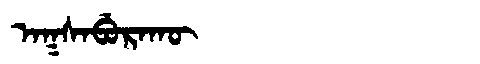
Manchu: ᠠᡴᠰᠠᠪᡠᡵᠠᡴᡡ
Romanization: AKSABURAKŪ